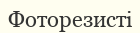
Фоторезисті